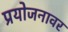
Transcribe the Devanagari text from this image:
प्रयोजनावर